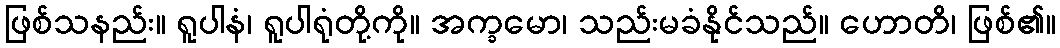
ဖြစ်သနည်း။ ရူပါနံ၊ ရူပါရုံတို့ကို။ အက္ခမော၊ သည်းမခံနိုင်သည်။ ဟောတိ၊ ဖြစ်၏။